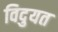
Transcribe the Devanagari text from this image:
विदुयत